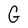
Character: G